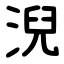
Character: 淣